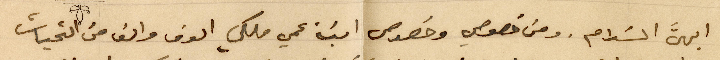
ابهىَّ السلام. ومن خصوصي وخصوص ابنة عمي ملكي الوف والف من التحيات